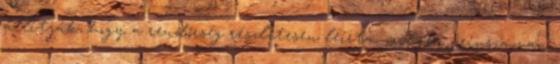
állítják, hogy a rendőrség részletesen leírta, milyen priusza van